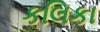
કલિકા